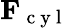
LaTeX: \mathbf{F}_{\mathrm{~c~y~l~}}